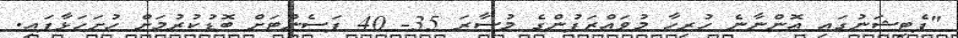
"ޕެޓިޝަނުގައި އޮންނާނެ ހުރިހާ މުވައްޒަފުންގެ މުސާރަ 35- 40 ޕަސެންޓަށް ބޮޑުކުރުމަށް ހުށަހަޅާފައި.